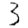
Digit: 3